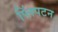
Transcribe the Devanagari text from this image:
प्लिंपटन